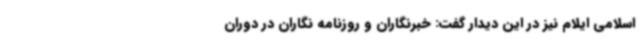
اسلامی ایلام نیز در این دیدار گفت: خبرنگاران و روزنامه نگاران در دوران